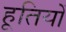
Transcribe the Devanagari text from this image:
हूतियों